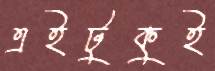
এইটুকুই